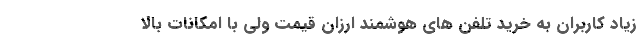
زیاد کاربران به خرید تلفن های هوشمند ارزان قیمت ولی با امکانات بالا